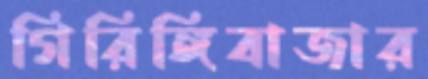
গিরিঙ্গিবাজার